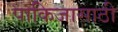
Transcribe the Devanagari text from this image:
पाकिजासाठी